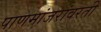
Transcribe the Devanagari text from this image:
पाणमांजरांवरती